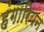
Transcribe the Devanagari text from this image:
हंगारियन